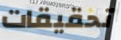
تحقيقات